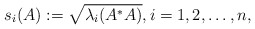
\begin{align*}s_i(A):=\sqrt{\lambda_i(A^* A)}, i=1,2,\dots,n,\end{align*}